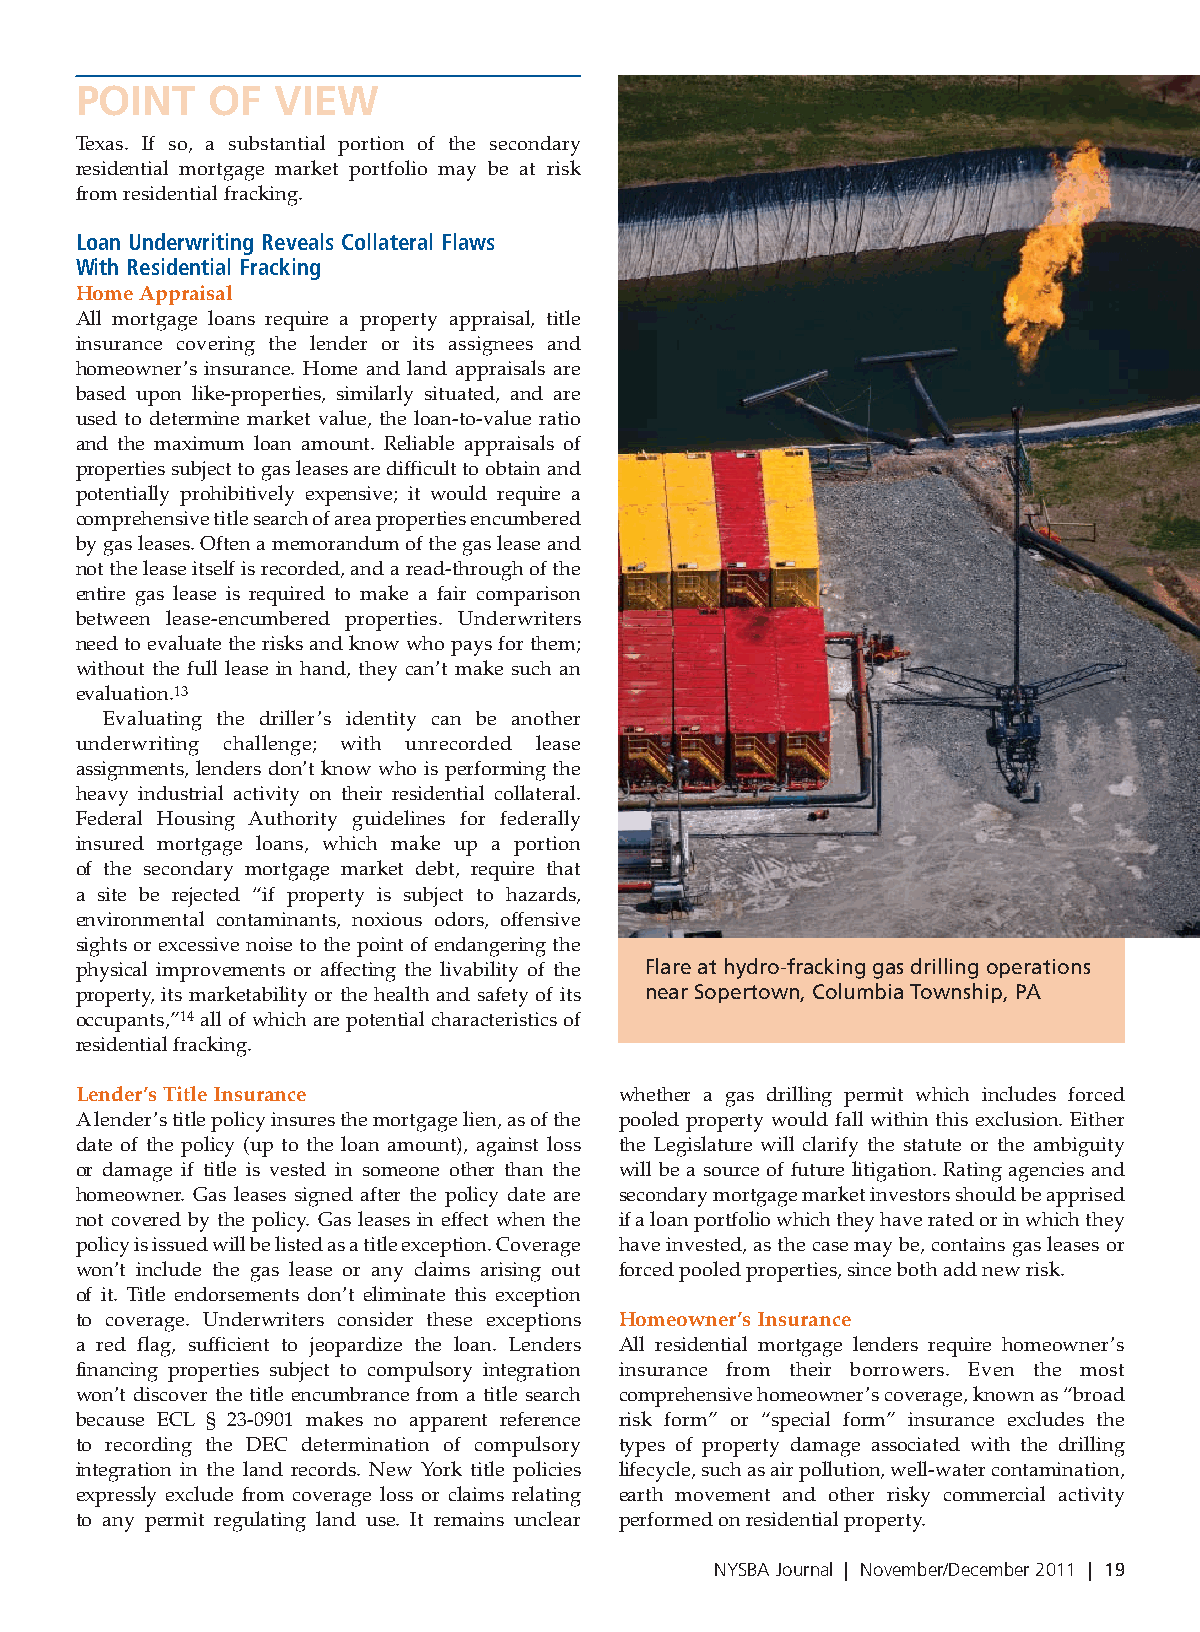
POINT    OF  VIEW
 Texas. If so, a substantial portion of the secondary
 residential mortgage market portfolio may be at risk
 from residential fracking.
 Loan Underwriting Reveals Collateral Flaws
 With Residential Fracking
 Home Appraisal
 All mortgage loans require a property appraisal, title
 insurance covering the lender or its assignees and
 homeowner’s insurance. Home and land appraisals are
 based upon like-properties, similarly situated, and are
 used to determine market value, the loan-to-value ratio
 and the maximum loan amount. Reliable appraisals of
 properties subject to gas leases are difficult to obtain and
 potentially prohibitively expensive; it would require a
 comprehensive title search of area properties encumbered
 by gas leases. Often a memorandum of the gas lease and
 not the lease itself is recorded, and a read-through of the
 entire gas lease is required to make a fair comparison
 between lease-encumbered properties. Underwriters
 need to evaluate the risks and know who pays for them;
 without the full lease in hand, they can’t make such an
 evaluation.13
 Evaluating the driller’s identity can be another
 underwriting challenge; with unrecorded lease
 assignments, lenders don’t know who is performing the
 heavy industrial activity on their residential collateral.
 Federal Housing Authority guidelines for federally
 insured mortgage loans, which make up a portion
 of the secondary mortgage market debt, require that
 a site be rejected “if property is subject to hazards,
 environmental contaminants, noxious odors, offensive
 sights or excessive noise to the point of endangering the
 physical improvements or affecting the livability of the Flare at hydro-fracking gas drilling operations
 property, its marketability or the health and safety of its near Sopertown, Columbia Township, PA
 occupants,”14 all of which are potential characteristics of
 residential fracking.
 Lender’s Title Insurance            whether a gas drilling permit which includes forced
 A lender’s title policy insures the mortgage lien, as of the pooled property would fall within this exclusion. Either
 date of the policy (up to the loan amount), against loss the Legislature will clarify the statute or the ambiguity
 or damage if title is vested in someone other than the will be a source of future litigation. Rating agencies and
 homeowner. Gas leases signed after the policy date are secondary mortgage market investors should be apprised
 not covered by the policy. Gas leases in effect when the if a loan portfolio which they have rated or in which they
 policy is issued will be listed as a title exception. Coverage have invested, as the case may be, contains gas leases or
 won’t include the gas lease or any claims arising out forced pooled properties, since both add new risk.
 of it. Title endorsements don’t eliminate this exception
 to coverage. Underwriters consider these exceptions Homeowner’s Insurance
 a red flag, sufficient to jeopardize the loan. Lenders All residential mortgage lenders require homeowner’s
 financing properties subject to compulsory integration insurance from their borrowers. Even the most
 won’t discover the title encumbrance from a title search comprehensive homeowner’s coverage, known as “broad
 because ECL § 23-0901 makes no apparent reference risk form” or “special form” insurance excludes the
 to recording the DEC determination of compulsory types of property damage associated with the drilling
 integration in the land records. New York title policies lifecycle, such as air pollution, well-water contamination,
 expressly exclude from coverage loss or claims relating earth movement and other risky commercial activity
 to any permit regulating land use. It remains unclear performed on residential property.
 NYSBA Journal | November/December 2011 | 19